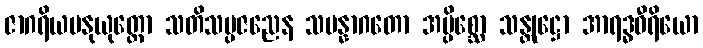
ဇာဂရိယမနုယုတ္တော သတိသမ္ပဇညေန သမန္နာဂတော အပ္ပိစ္ဆော သန္တုဋ္ဌော အာရဒ္ဓဝီရိယော